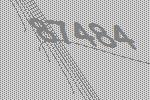
87484